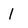
Character: 1